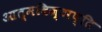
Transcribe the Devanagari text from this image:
आत्मविज्ञप्ति